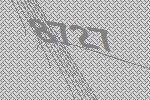
8727